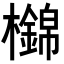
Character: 𣟡